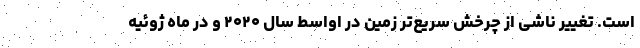
است. تغییر ناشی از چرخش سریع‌تر زمین در اواسط سال ۲۰۲۰ و در ماه ژوئیه